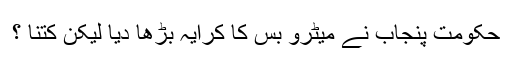
حکومت پنجاب نے میٹرو بس کا کرایہ بڑھا دیا لیکن کتنا ؟